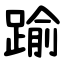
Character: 踰